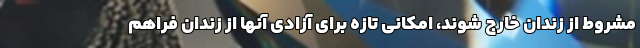
مشروط از زندان خارج شوند، امکانی تازه برای آزادی آنها از زندان فراهم